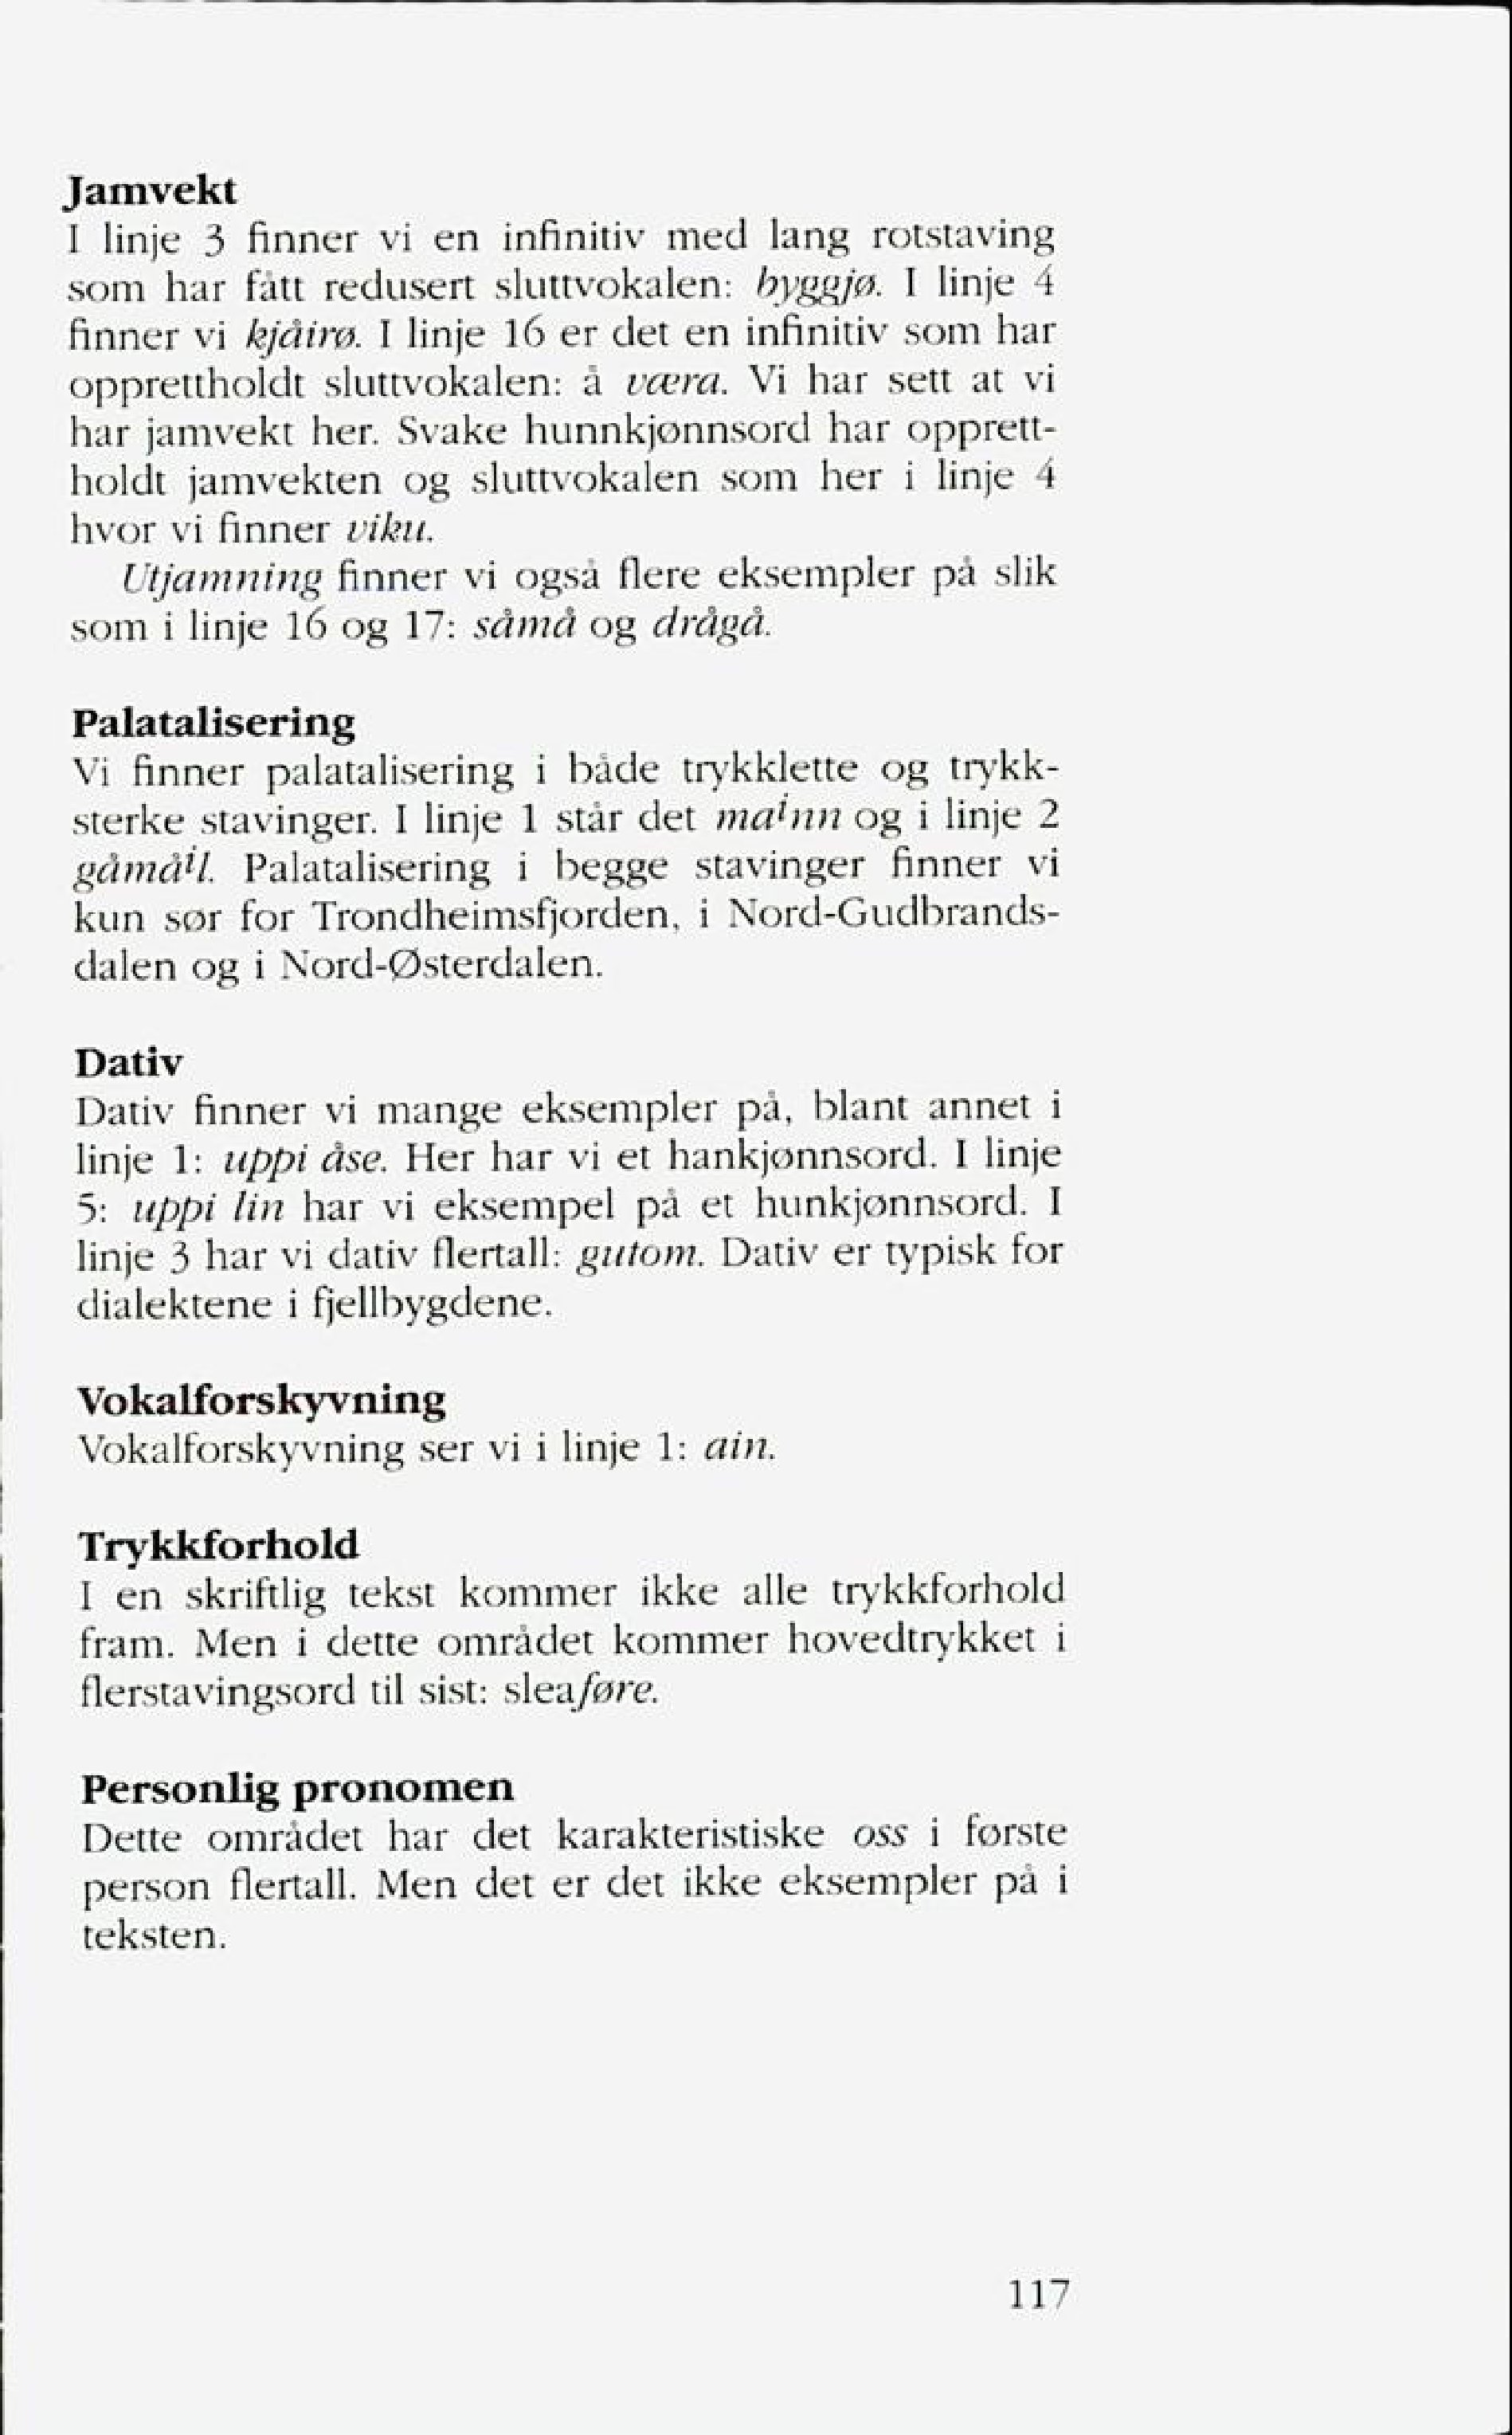
Language: no